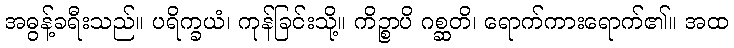
အဓွန့်ခရီးသည်။ ပရိက္ခယံ၊ ကုန်ခြင်းသို့။ ကိဉ္စာပိ ဂစ္ဆတိ၊ ရောက်ကားရောက်၏။ အထ